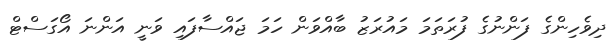
ދިވެހިންގެ ފަންނުގެ ފުރަތަމަ މައުރަޒު ބާއްވަން ހަމަ ޖައްސާފައި ވަނީ އަންނަ އޯގަސްޓް